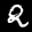
Label: 2